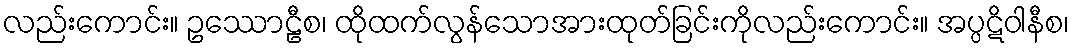
လည်းကောင်း။ ဥဿောဠီစ၊ ထိုထက်လွန်သောအားထုတ်ခြင်းကိုလည်းကောင်း။ အပ္ပဋိဝါနီစ၊